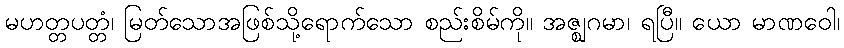
မဟတ္တပတ္တံ၊ မြတ်သောအဖြစ်သို့ရောက်သော စည်းစိမ်ကို။ အဇ္ဈဂမာ၊ ရပြီ။ ယော မာဏဝေါ၊